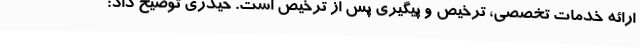
ارائه خدمات تخصصی، ترخیص و پیگیری پس از ترخیص است. حیدری توضیح داد: